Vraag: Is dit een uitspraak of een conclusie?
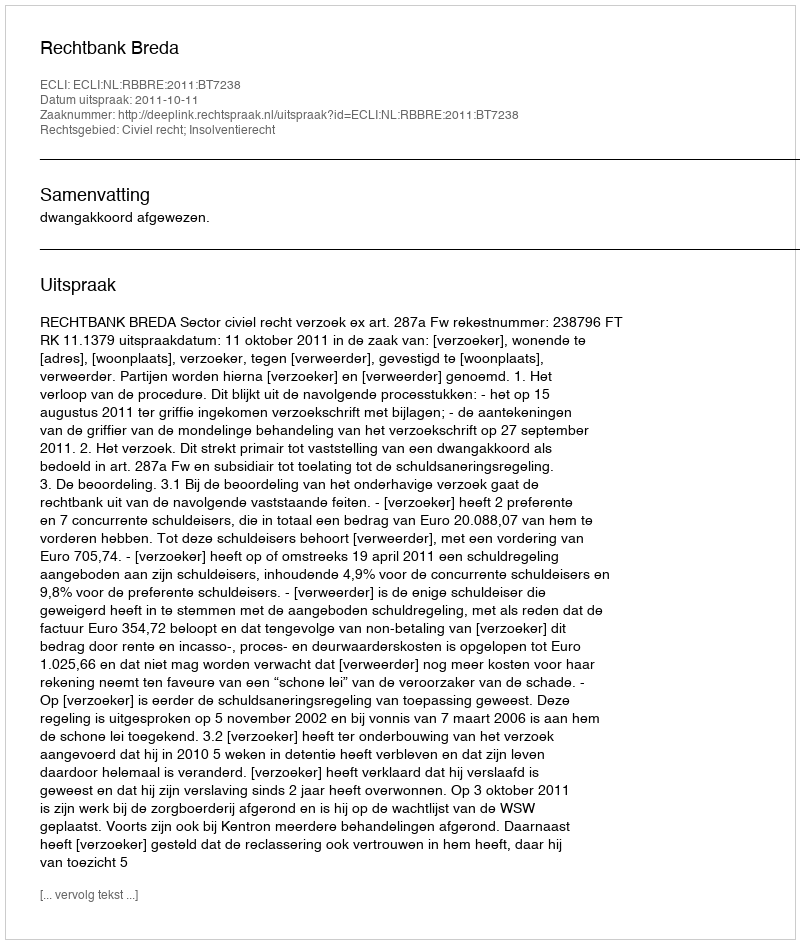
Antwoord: Uitspraak